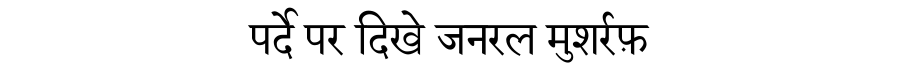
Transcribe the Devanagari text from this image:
पर्दे पर दिखे जनरल मुशर्रफ़